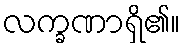
လက္ခဏာရှိ၏။